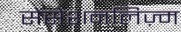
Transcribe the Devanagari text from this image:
सेंसेशनलिज़्म